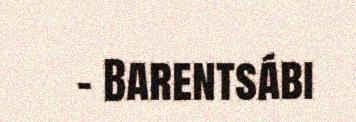
– Barentsábi